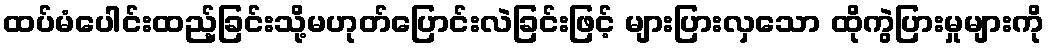
ထပ်မံပေါင်းထည့်ခြင်းသို့မဟုတ်ပြောင်းလဲခြင်းဖြင့် များပြားလှသော ထိုကွဲပြားမှုများကို